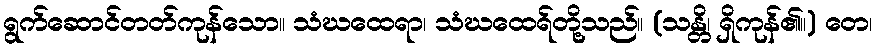
ရွက်ဆောင်တတ်ကုန်သော။ သံဃထေရာ၊ သံဃထေရ်တို့သည်။ (သန္တိ၊ ရှိကုန်၏။) တေ၊